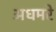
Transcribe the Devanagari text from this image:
अधमरे